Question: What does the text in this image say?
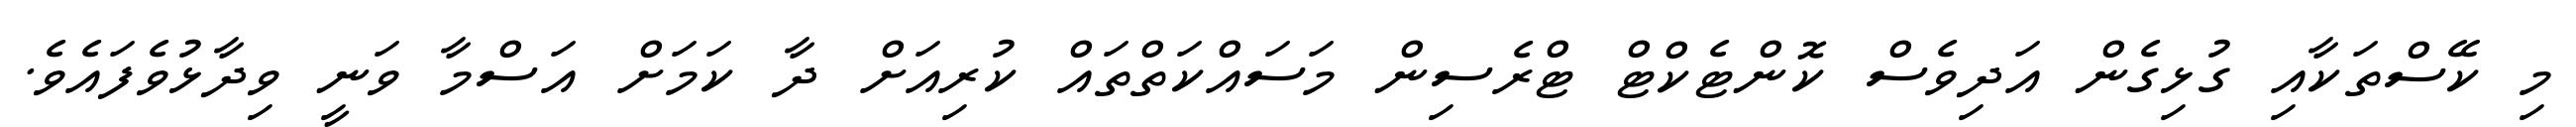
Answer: މި ކޭސްތަކާއި ގުޅިގެން އަދިވެސް ކޮންޓެކްޓް ޓްރެސިން މަސައްކަތްތައް ކުރިއަށް ދާ ކަމަށް އަސްމާ ވަނީ ވިދާޅުވެފައެވެ.